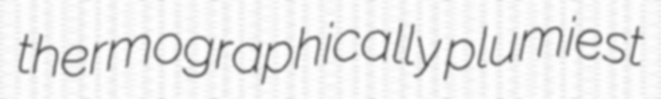
thermographically plumiest